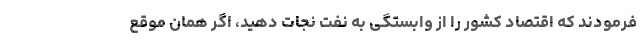
فرمودند که اقتصاد کشور را از وابستگی به نفت نجات دهید، اگر همان موقع